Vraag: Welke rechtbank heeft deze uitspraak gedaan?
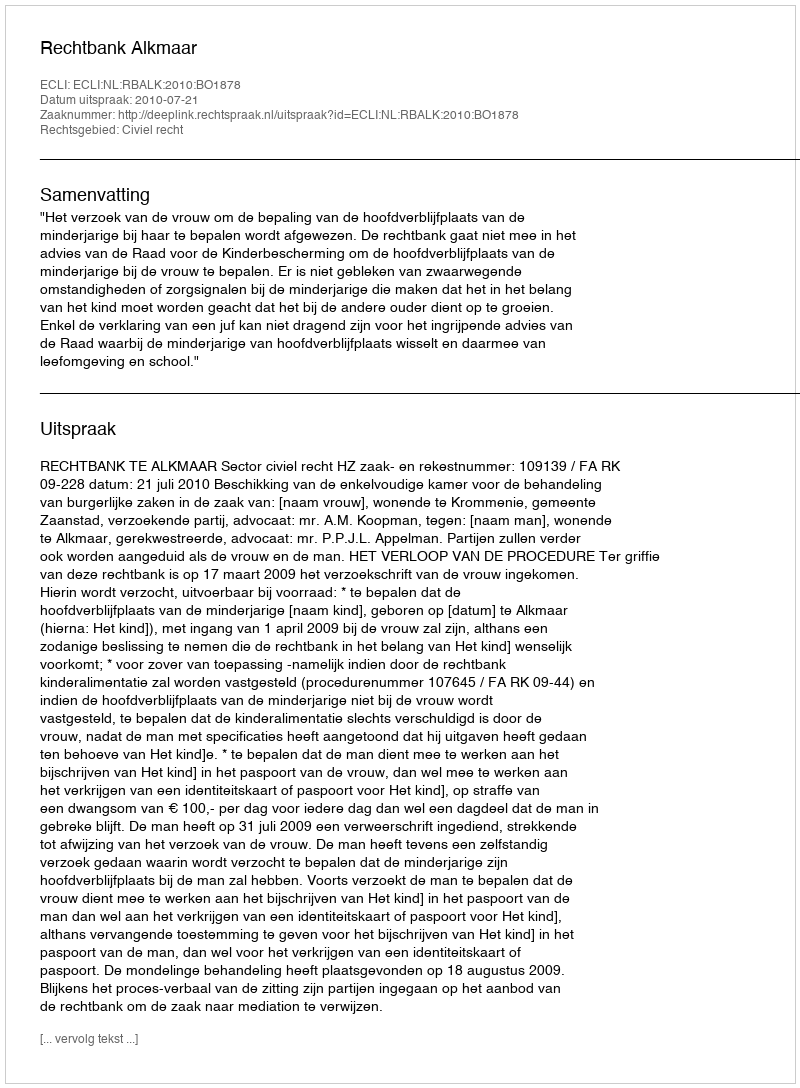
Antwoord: Rechtbank Alkmaar